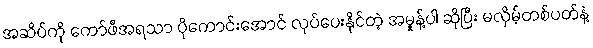
အဆိပ်ကို ကော်ဖီအရသာ ပိုကောင်းအောင် လုပ်ပေးနိုင်တဲ့ အမှုန့်ပါ ဆိုပြီး မလှိမ့်တစ်ပတ်နဲ့